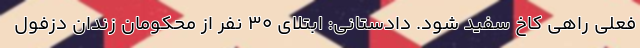
فعلی راهی کاخ سفید شود. دادستانی: ابتلای 30 نفر از محکومان زندان دزفول